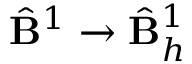
\hat { \mathbf { B } } ^ { 1 } \to \hat { \mathbf { B } } _ { h } ^ { 1 }